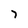
Character: 7